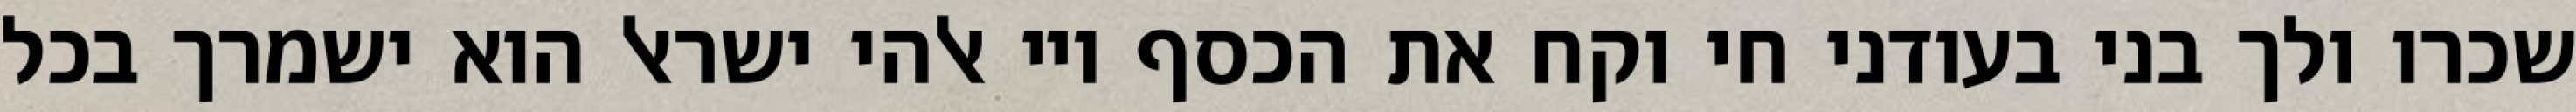
שכרו ולך בני בעודני חי וקח את הכסף ויי אלהי ישראל הוא ישמרך בכל